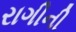
રાગીની